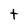
Character: t